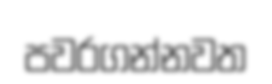
පවරගන්නවත